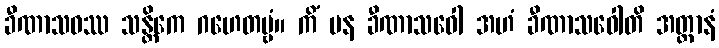
ခီဏာသဝဿ သန္တိကေ ဂဟေတဗ္ဗံ။ ကိံ ပန ခီဏာသဝေါ အဟံ ခီဏာသဝေါတိ အတ္တာနံ